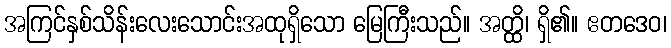
အကြင်နှစ်သိန်းလေးသောင်းအထုရှိသော မြေကြီးသည်။ အတ္ထိ၊ ရှိ၏။ ဧတဒေဝ၊